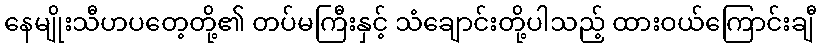
နေမျိုးသီဟပတေ့တို့၏ တပ်မကြီးနှင့် သံချောင်းတို့ပါသည့် ထားဝယ်ကြောင်းချီ